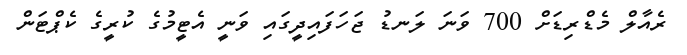
ރެއާލް މެޑްރިޑަށް 700 ވަނަ ލަނޑު ޖަހަފައިދީގައި ވަނީ އެޓީމުގެ ކުރީގެ ކެޕްޓަން